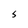
Character: s